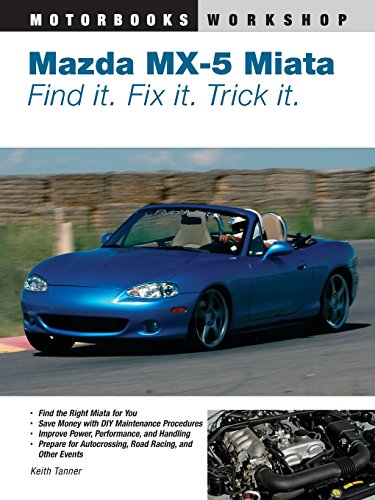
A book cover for Mazda MX-5 Miata: Find It. Fix It. Trick It. (Motorbooks Workshop); Keith Tanner; Engineering & Transportation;